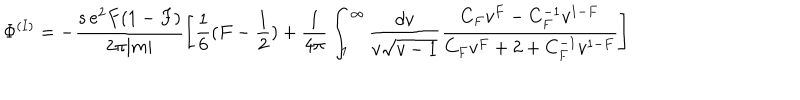
LaTeX: { \Phi } ^ { ( I ) } = - \frac { s \, e ^ { 2 } F ( 1 - F ) } { 2 \pi | m | } \left[ \frac { 1 } { 6 } ( F - \frac { 1 } { 2 } ) + \frac { 1 } { 4 \pi } \int _ { 1 } ^ { \infty } \frac { d v } { v { \sqrt { v - 1 } } } \frac { C _ { F } v ^ { F } - C _ { F } ^ { - 1 } v ^ { 1 - F } } { C _ { F } v ^ { F } + 2 + C _ { F } ^ { - 1 } v ^ { 1 - F } } \right]